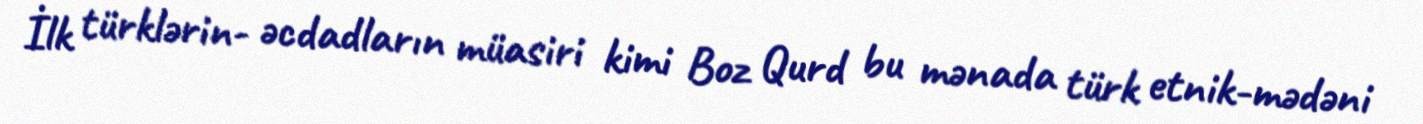
İlk türklərin- əcdadların müasiri kimi Boz Qurd bu mənada türk etnik-mədəni